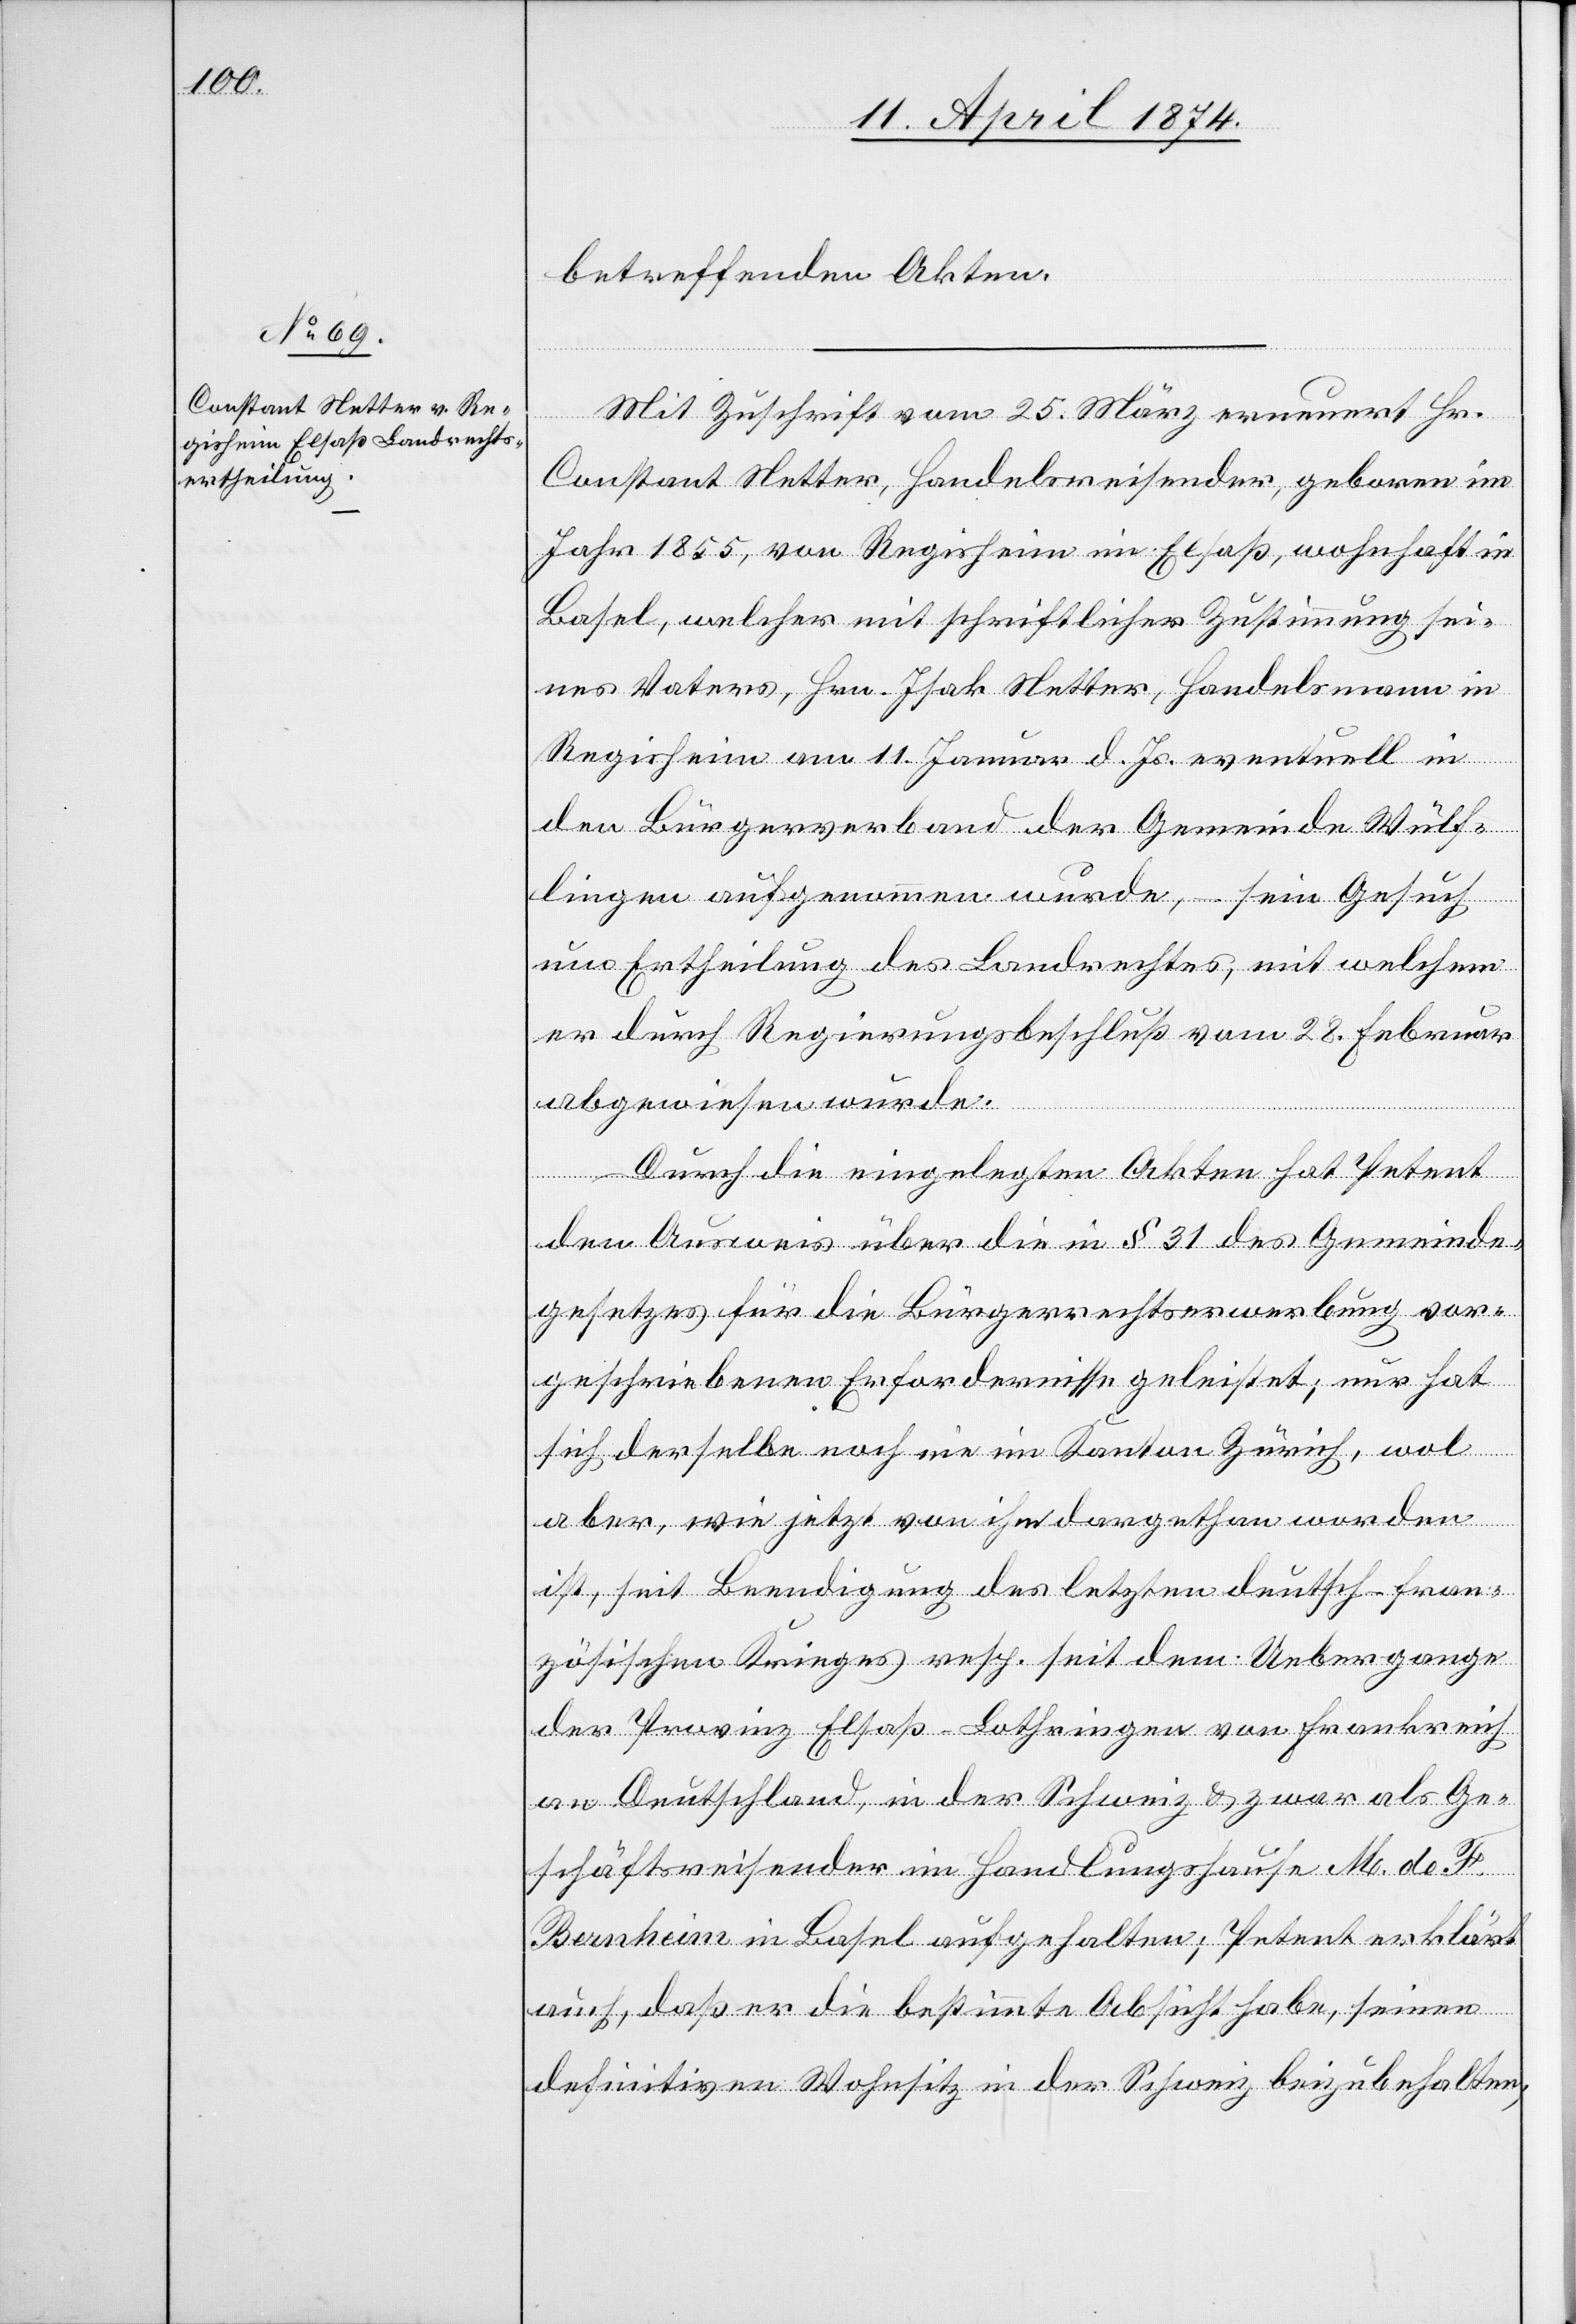
betreffenden Akten.
Mit Zuschrift vom 25. März erneuert Hr.
Constant Netter, Handelsreisender, geboren im
Jahr 1855, von Regisheim im Elsaß, wohnhaft in
Basel, welcher mit schriftlicher Zustimmung sei¬
nes Vaters, Hrn. Isak Netter, Handelsmann in
Regisheim am 11. Januar d. Js. eventuell in
den Bürgerverband der Gemeinde Wülf¬
lingen aufgenommen wurde, – sein Gesuch
um Ertheilung des Landrechtes, mit welchem
er durch Regierungsbeschluß vom 28. Februar
abgewiesen wurde.
Durch die eingelegten Akten hat Petent
den Ausweis über die in § 31 des Gemeinde¬
gesetzes für die Bürgerrechtserwerbung vor¬
geschriebenen Erfordernisse geleistet; nur hat
sich derselbe noch nie im Kanton Zürich, wol
aber, wie jetzt von ihm dargethan worden
ist, seit Beendigung des letzten deutsch-fran¬
zösischen Krieges resp. seit dem Uebergange
der Provinz Elsaß-Lothringen von Frankreich
an Deutschland, in der Schweiz u. zwar als Ge¬
schäftsreisender im Handlungshause M. d. F.
Bernheim in Basel aufgehalten; Petent erklärt
auch, daß er die bestimmte Absicht habe, seinen
definitiven Wohnsitz in der Schweiz beizubehalten,